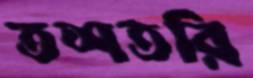
তশতরি